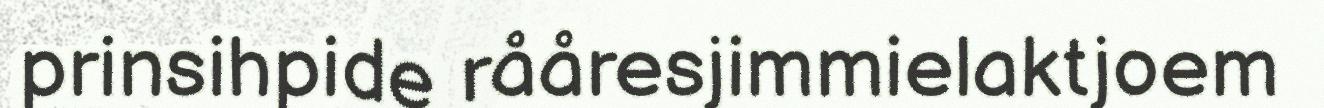
prinsihpide rååresjimmielaktjoem